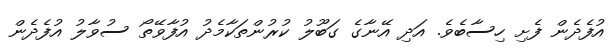
އުފެދެން ފެށި ހިސާބެވެ. އަދި އޭނާގެ ގަބޫލު ކުރުންތަކާމެދު އުފާވޭތޯ ސުވާލު އުފެދެން